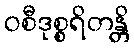
ဝစီဒုစ္စရိတန္တိ